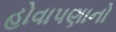
હોવાપણાનો